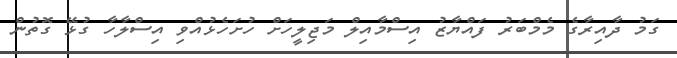
ގަމު ދާއިރާގެ މެމްބަރު ފައްޔާޒު އިސްމާއިލް މަޖިލީހަށް ހުށަހެޅުއްވި އިސްލާހާ ގުޅޭ ގޮތުން